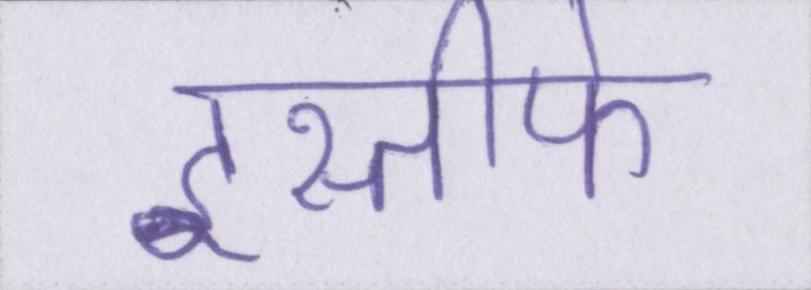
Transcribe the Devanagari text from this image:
इस्तीफे